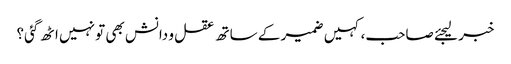
خبر لیجئے صاحب، کہیں ضمیر کے ساتھ عقل و دانش بھی تو نہیں اٹھ گئی؟